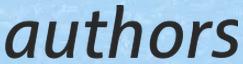
authors